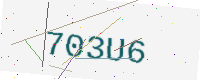
Text: 703U6